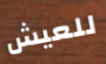
للعيش